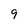
Character: 9